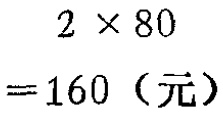
\[
\begin{align*}
2\times80\\
=160（元）
\end{align*}
\]